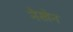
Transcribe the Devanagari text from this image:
नेखेन